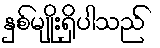
နှစ်မျိုးရှိပါသည်